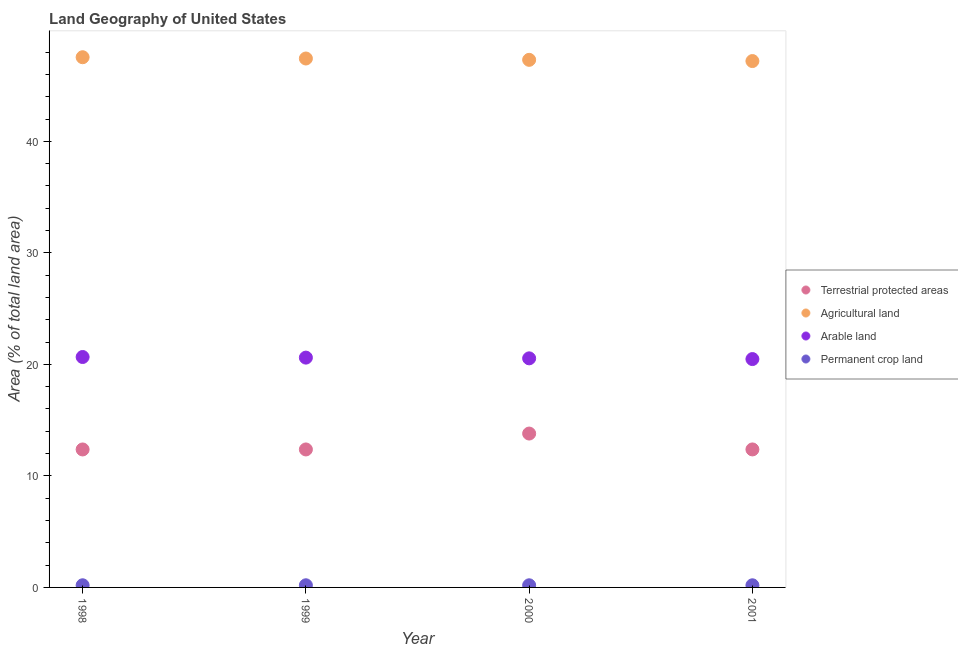
| Year | Terrestrial protected areas | Agricultural land | Arable land | Permanent crop land |
 | --- | --- | --- | --- | --- |
 | 1998 | 12.4 | 47.5 | 20.7 | 0.193 |
 | 1999 | 12.4 | 47.4 | 20.6 | 0.193 |
 | 2000 | 13.8 | 47.3 | 20.5 | 0.192 |
 | 2001 | 12.4 | 47.2 | 20.5 | 0.192 |